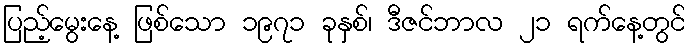
ပြည့်မွေးနေ့ ဖြစ်သော ၁၉၇၁ ခုနှစ်၊ ဒီဇင်ဘာလ ၂၁ ရက်နေ့တွင်